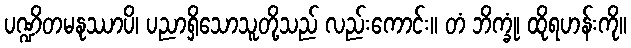
ပဏ္ဍိတမနုဿာပိ၊ ပညာရှိသောသူတို့သည် လည်းကောင်း။ တံ ဘိက္ခုံ၊ ထိုရဟန်းကို။